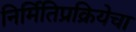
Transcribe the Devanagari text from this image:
निर्मितिप्रक्रियेचा